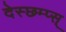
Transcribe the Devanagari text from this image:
देस्छम्प्स्